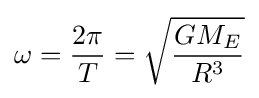
\omega ={\frac {2\pi }{T}}={\sqrt {\frac {GM_{E}}{R^{3}}}}